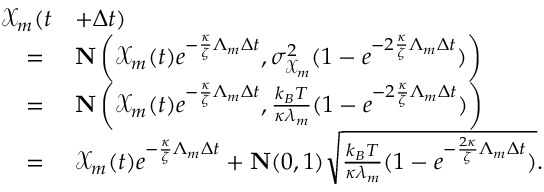
\begin{array} { r l } { \mathcal { X } _ { m } ( t } & { + \Delta t ) } \\ { = ~ } & { \mathrm { \bf { N } } \left( \mathcal { X } _ { m } ( t ) e ^ { - \frac { \kappa } { \zeta } \Lambda _ { m } \Delta t } , \sigma _ { \mathcal { X } _ { m } } ^ { 2 } ( 1 - e ^ { - 2 \frac { \kappa } { \zeta } \Lambda _ { m } \Delta t } ) \right) } \\ { = ~ } & { \mathrm { \bf { N } } \left( \mathcal { X } _ { m } ( t ) e ^ { - \frac { \kappa } { \zeta } \Lambda _ { m } \Delta t } , \frac { k _ { B } T } { \kappa \lambda _ { m } } ( 1 - e ^ { - 2 \frac { \kappa } { \zeta } \Lambda _ { m } \Delta t } ) \right) } \\ { = ~ } & { \mathcal { X } _ { m } ( t ) e ^ { - \frac { \kappa } { \zeta } \Lambda _ { m } \Delta t } + \mathrm { \bf { N } } ( 0 , 1 ) \sqrt { \frac { k _ { B } T } { \kappa { \lambda } _ { m } } ( 1 - e ^ { - \frac { 2 \kappa } { \zeta } \Lambda _ { m } \Delta t } ) } . } \end{array}